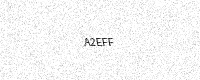
Text: A2EFF